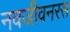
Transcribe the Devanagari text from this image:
नवजीवनरस